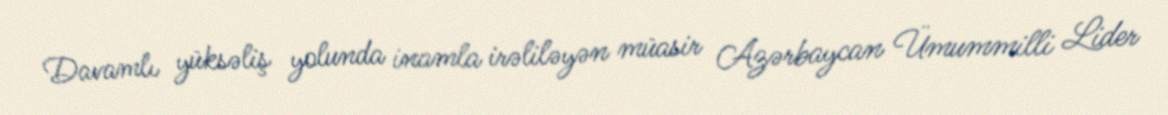
Davamlı yüksəliş yolunda inamla irəliləyən müasir Azərbaycan Ümummilli Lider